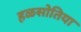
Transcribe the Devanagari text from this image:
हळसोतिया